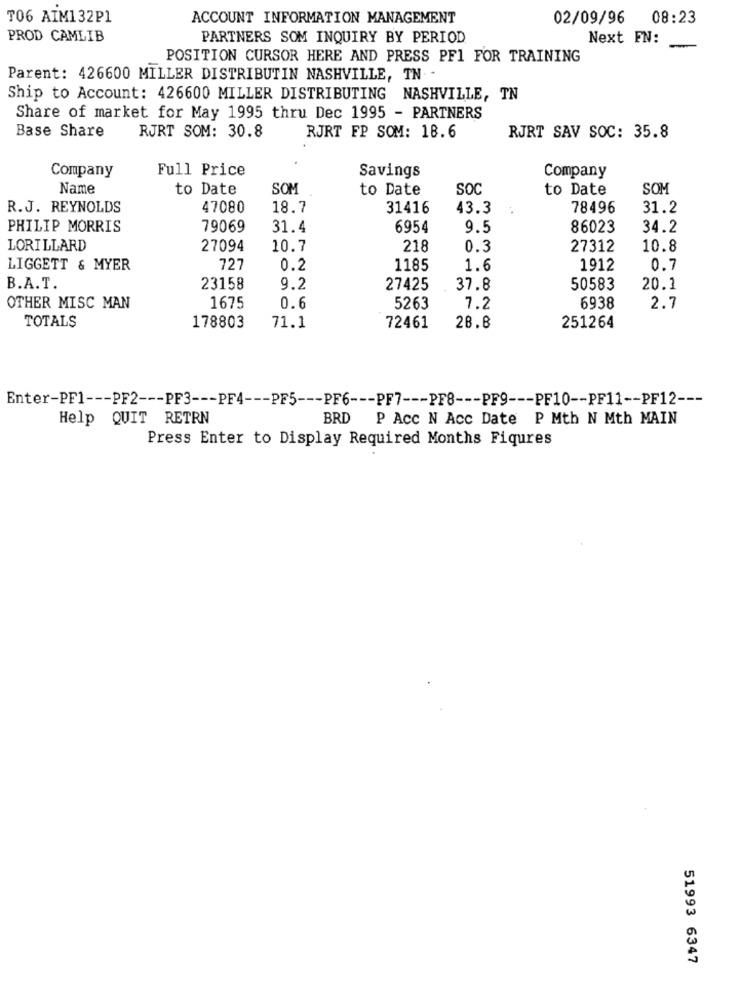
T06 AIM132P1
ACCOUNT INFORMATION MANAGEMENT
02/09/96 08:23
PROD CAMLIB
PARTNERS SOM INQUIRY BY PERIOD
Next FN:
-
POSITION CURSOR HERE AND PRESS PF1 FOR TRAINING
Parent: 426600 MILLER DISTRIBUTIN NASHVILLE, TN -
Ship to Account: 426600 MILLER DISTRIBUTING NASHVILLE, TN
Share of market for May 1995 thru Dec 1995 - PARTNERS
Base Share
RJRT SOM: 30.8
RJRT FP SOM: 18.6
RJRT SAV SOC: 35.8
Company
Full Price
Savings
Company
Name
to Date
SOM
to Date
SOC
to Date
SOM
R.J. REYNOLDS
47080
18.7
31416
43.3
78496
31.2
PHILIP MORRIS
79069
31.4
6954
9.5
86023
34.2
LORILLARD
27094
10.7
218
0.3
27312
10.8
LIGGETT & MYER
727
0.2
1185
1.6
1912
0.7
B.A.T.
23158
9.2
27425
37.8
50583
20.1
OTHER MISC MAN
1675
0.6
5263
7.2
6938
2.7
TOTALS
178803
71.1
72461
28.8
251264
Enter-PF1 --- PF2 --- PF3 --- PF4 --- PF5 --- PF6 --- PF7 --- PF8 --- PF9 --- PF10 -- PF11 -- PF12 ---
Help QUIT RETRN
BRD P Acc N Acc Date P Mth N Mth MAIN
Press Enter to Display Required Months Fiqures
51993 6347